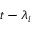
t - \lambda _ { i }